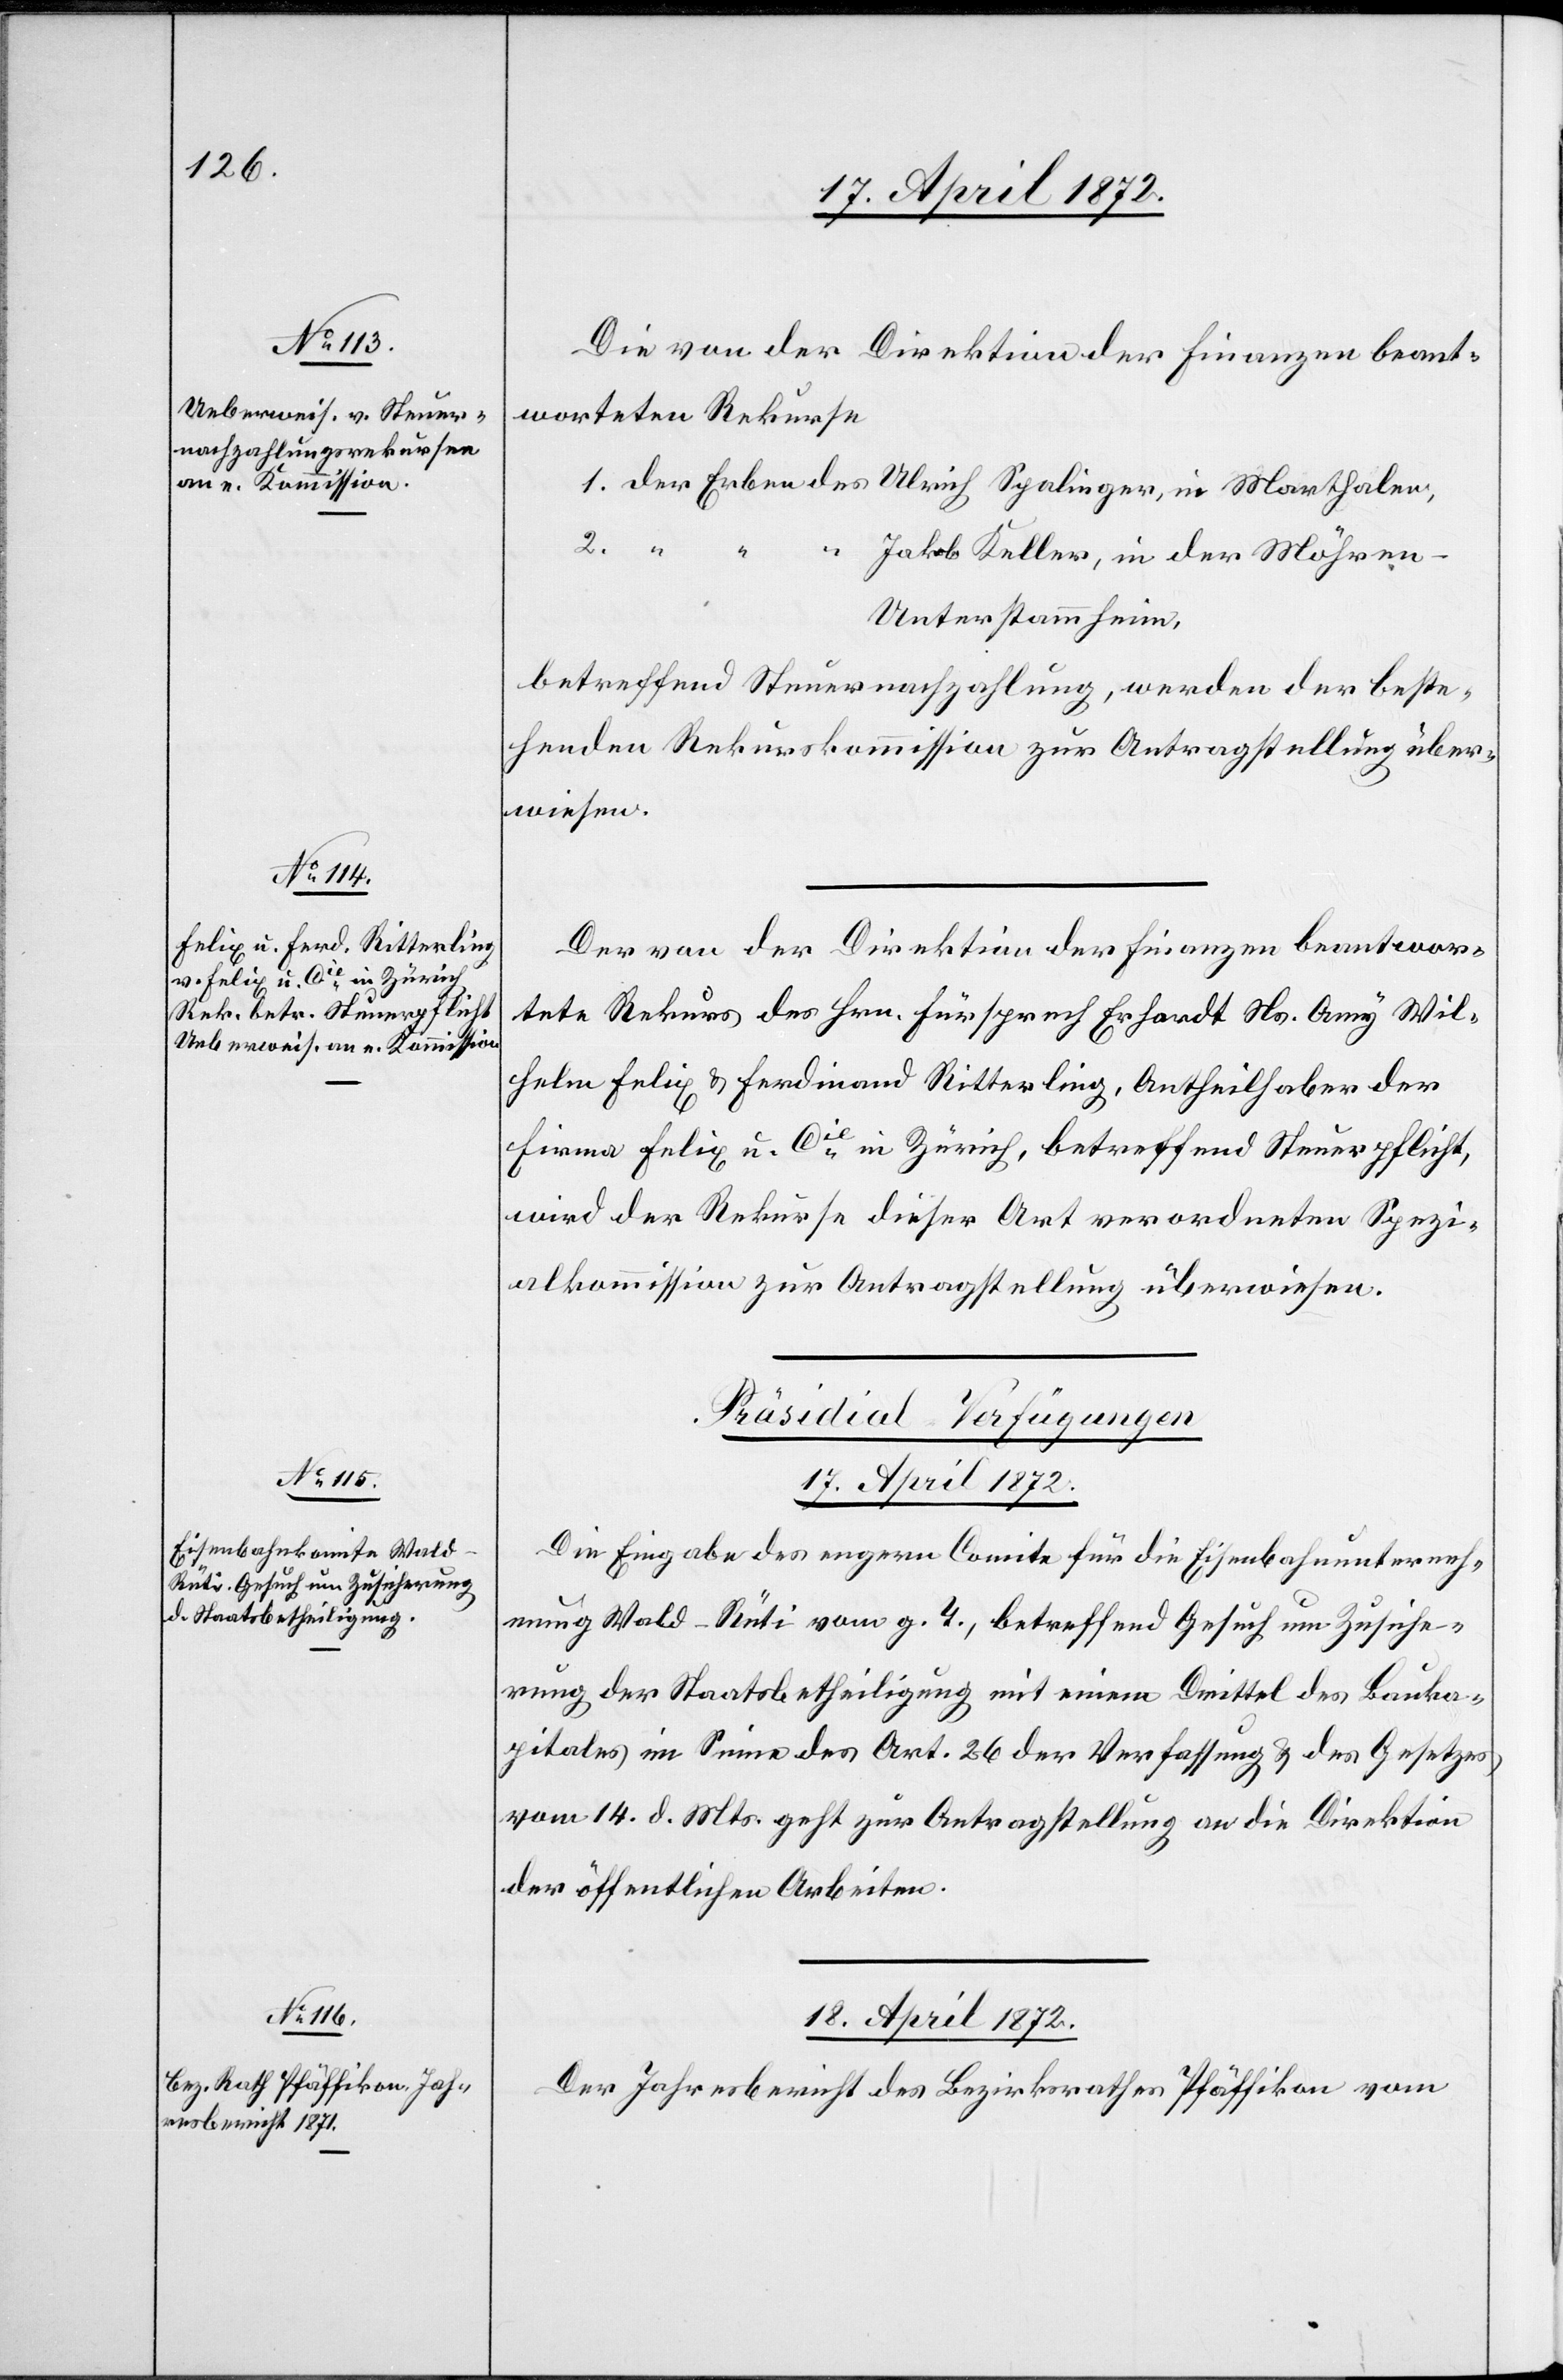
Die von der Direktion der Finanzen beant¬
worteten Rekurse
2.
Jakob Keller, in der Möhre¬
n-Unterstammheim,
betreffend Steuernachzahlung, werden der beste¬
henden Rekurskommission zur Antragstellung über¬
wiesen.
Der von der Direktion der Finanzen beantwor¬
tete Rekurs des Hrn. Fürsprech Erhardt Ns. Amy Wil¬
helm Felix u. Ferdinand Ritterling, Antheilhaber der
Firma Felix u. Cie in Zürich, betreffend Steuerpflicht,
wird der Rekurse dieser Art verordneten Spezi¬
alkommission zur Antragstellung überwiesen.
[Präsidial-Verfügungen]
17. April 1872.
Die Eingabe des engern Comite für die Eisenbahnunterneh¬
mung Wald–Rüti vom g. T., betreffend Gesuch um Zusiche¬
rung der Staatsbetheiligung mit einem Drittel des Bauka¬
pitales im Sinne des Art. 26 der Verfassung u. des Gesetzes
vom 14. d. Mts. geht zur Antragstellung an die Direktion
der öffentlichen Arbeiten.
18. April 1872.
Der Jahresbericht des Bezirksrathes Pfäffikon vom